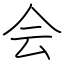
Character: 会